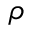
\rho